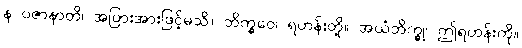
န ပဇာနာတိ၊ အပြားအားဖြင့်မသိ။ ဘိက္ခဝေ၊ ရဟန်းတို့။ အယံဘိက္ခု၊ ဤရဟန်းကို။